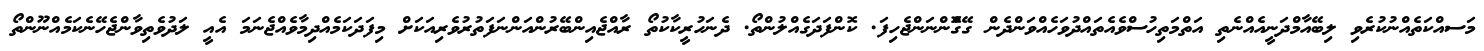
މަސއްކަތެއްނުކުރެވި ލިބޭއާމްދަނީއެއްނެތި އަތްމަތިހުސްވެއެތައްދުވަހެއްވަންދެން ގޭގަްޮންނަންޖެހިފަ. ކޮންފަދަގެއްލުންތޯ. ދެނަހުރީކާކުތޯ ރާއްޖެއިންބޭރުންއަންނަފަތުރުވެރިއަކަށް މިފަދަކަމެއްދިމާވެއްޖެނަމަ އެއީ ލަދުވެތިވާންޖެހޭނެކަމެއްނޫންތޯ